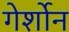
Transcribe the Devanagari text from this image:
गेर्शोन